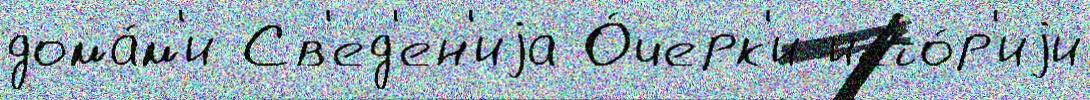
дома́м'и Св'ед'ен'иjа О́черк'и исто́р'иjи